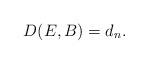
LaTeX: \begin{align*}D(E,B) = d_n. \end{align*}